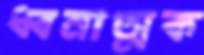
ধ্বনাত্মক